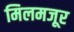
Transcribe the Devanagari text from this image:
मिलमजूर